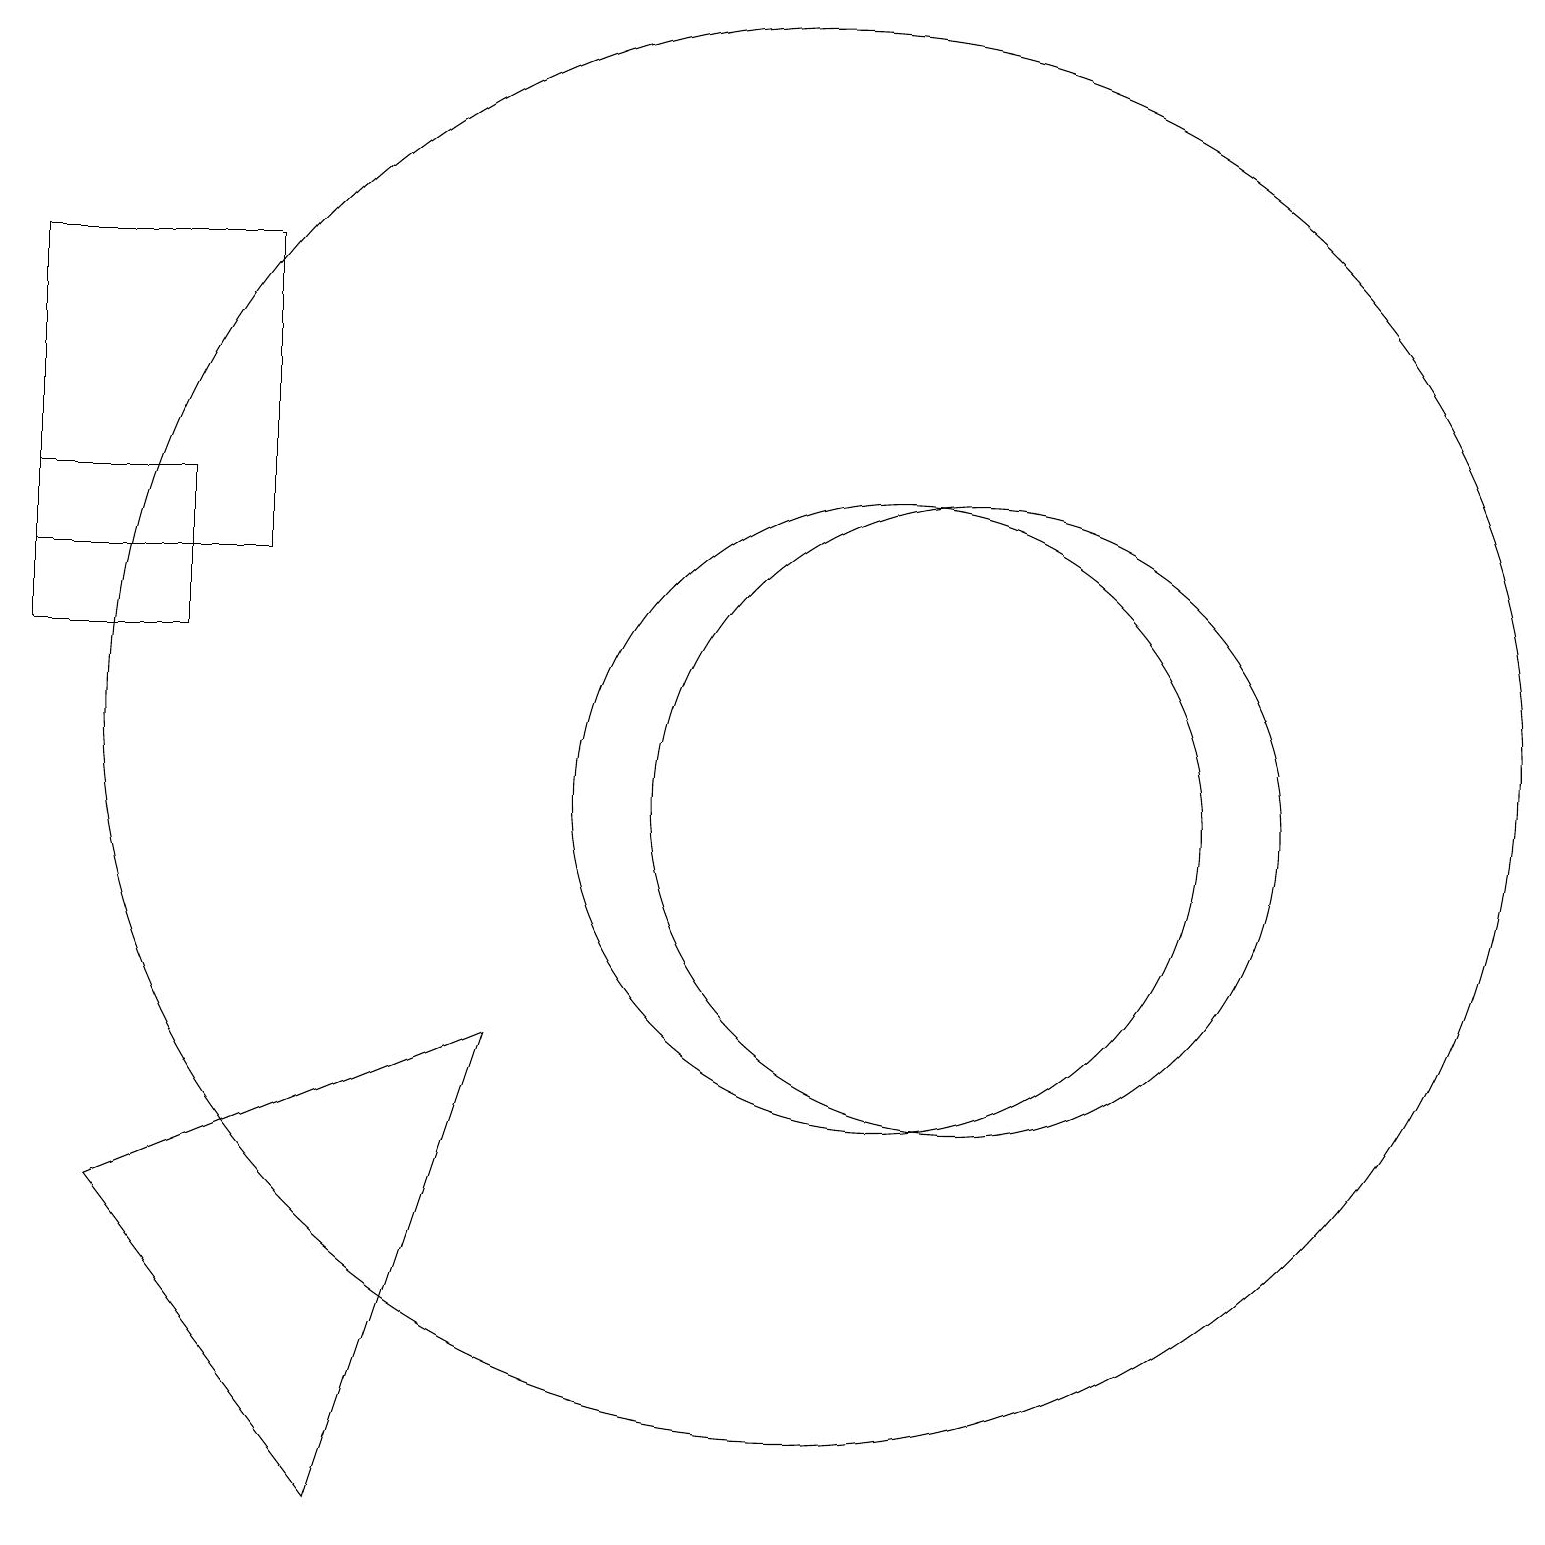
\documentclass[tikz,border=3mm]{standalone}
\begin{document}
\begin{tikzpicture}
\draw (3,14) rectangle (0,18);
\draw (12,11) circle (4);
\draw (2,13) rectangle (0,15);
\draw (10,12) circle (9);
\draw (6,8) -- (4,2) -- (1,6) -- cycle;
\draw (11,11) circle (4);
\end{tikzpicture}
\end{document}